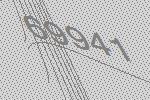
69941